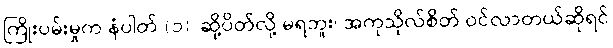
ကြိုးပမ်းမှုက နံပါတ် (၁)၊ ဆို့ပိတ်လို့ မရဘူး၊ အကုသိုလ်စိတ် ဝင်လာတယ်ဆိုရင်